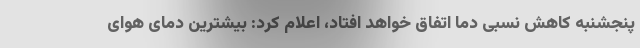
پنجشنبه کاهش نسبی دما اتفاق خواهد افتاد، اعلام کرد: بیشترین دمای هوای